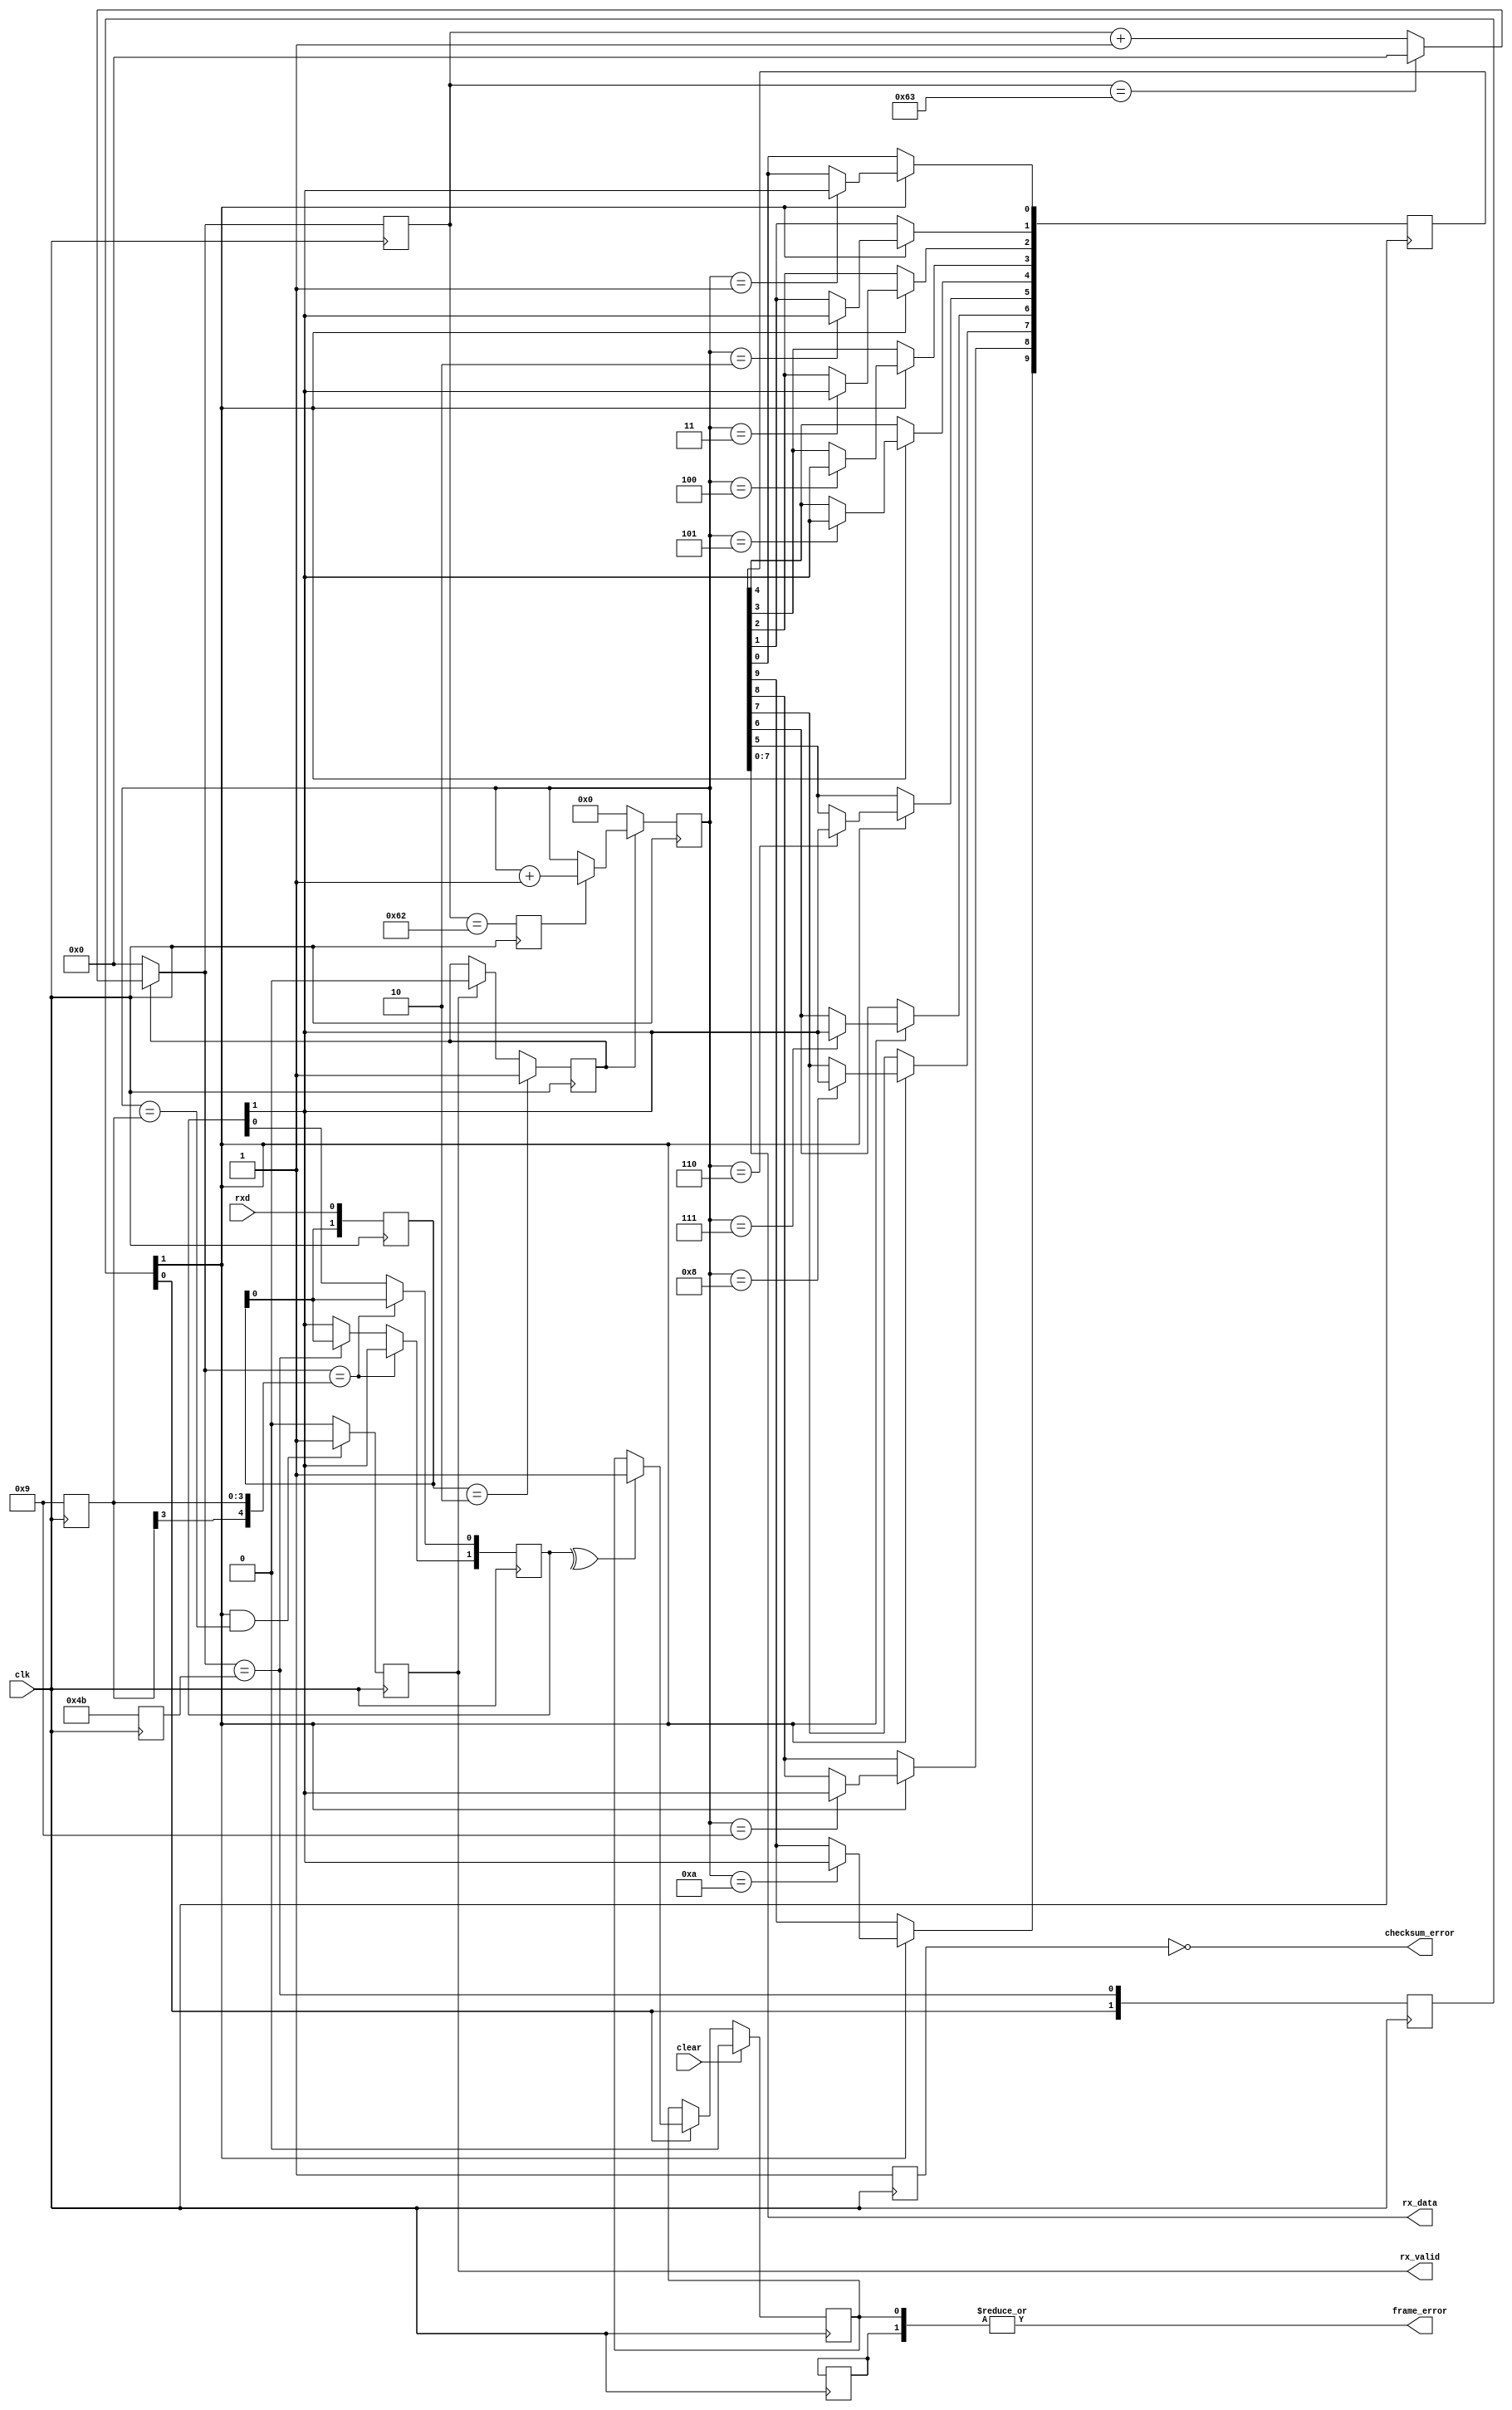
module uart_rx #(
	parameter BPS_CNT = 100,
	parameter CHECKSUM_MODE = 2'b00,	//00:space, 01:odd ,10:even ,11:mask
	parameter CHECKSUM_EN = 1'b0
)(
	input 			clk,
	input 			clear,
	input 			rxd,
	output [7:0] 	rx_data,
	output 			frame_error,
	output 			checksum_error, 
	output 			rx_valid			
);         
	
reg [3:0] BIT_NUM = 0;
always @( posedge clk )
begin
	if( CHECKSUM_EN )
		BIT_NUM <= 10;
	else
		BIT_NUM <= 9;
end

//==============================================================================
//idle state detect
//==============================================================================
reg [1:0] rxd_r = 2'b11;
	
always @( posedge clk )
begin
	rxd_r <= {rxd_r[0],rxd};
end
//detect the negedge rxd
wire neg_rxd; 
wire pos_rxd;
assign neg_rxd = (rxd_r == 2'b10);
assign pos_rxd = (rxd_r == 2'b01);
	
wire [15:0] bw_cnt ;
reg	[15:0] bw_cnt_r = 0;
wire bit_over;
reg bit_over_r;
reg cnt_en ;
	
always @( posedge clk )
begin
	if( neg_rxd )
		cnt_en <= 1'b1;
	else if(  rx_over_r)
		cnt_en <= 1'b0;
	else
		cnt_en <= cnt_en;
end

assign bit_over = (bw_cnt_r == BPS_CNT -2);
assign bw_cnt = cnt_en ? { ( bw_cnt_r == BPS_CNT -1)? 0 : (bw_cnt_r + 1'b1 ) }: 16'd0;
	
always @( posedge clk )
begin
	bw_cnt_r <= bw_cnt;
	bit_over_r <= bit_over;
end
	
wire [3:0] bit_cnt ;    
reg 	[3:0] bit_cnt_r = 0;
assign bit_cnt =  cnt_en ?{ bit_over_r ?( bit_cnt_r + 1'b1 ): bit_cnt_r}:4'd0;
	
always @( posedge clk )
begin
		bit_cnt_r <= bit_cnt;
end
	       
//capture point process 
wire [15:0]capture_p0 ;
wire [15:0]capture_p1 ;
assign capture_p0 = BPS_CNT[15:1] - BPS_CNT[15:2];
assign capture_p1 = BPS_CNT[15:1] + BPS_CNT[15:2];
reg [15:0] capture_p0_r = 0;
reg [15:0] capture_p1_r = 0;
	
always @( posedge clk )
begin
	capture_p0_r <= capture_p0;
	capture_p1_r <= capture_p1;	
end        
wire capture_p0_en;
wire capture_p1_en;
assign capture_p0_en = ( bw_cnt == capture_p0_r); 
assign capture_p1_en = ( bw_cnt == capture_p1_r);
reg [1:0] temp_cap_r = 0;
always @( posedge clk )
begin
	if( capture_p0_en )
		temp_cap_r[0] <= rxd_r;
	else if( capture_p1_en )
		temp_cap_r[1] <= rxd_r;
end

wire  compare_p;
wire save_p ;
wire check_sum_p ;
wire send_out_p;
reg [4:0] capture_p1_en_dly = 0;

always @( posedge clk )
begin
	capture_p1_en_dly[4:0] <= {capture_p1_en_dly[3:0],capture_p1_en};
end

assign compare_p = capture_p1_en_dly[0];
assign save_p =    capture_p1_en_dly[1]; 
assign check_sum_p = capture_p1_en_dly[2]; 
assign send_out_p = capture_p1_en_dly[3];   

reg [9:0] rx_data_r;
always @( posedge clk )
begin
	if(save_p) begin
		case(bit_cnt_r)
		4'd1 : rx_data_r[0] <= temp_cap_r[1];
		4'd2 : rx_data_r[1] <= temp_cap_r[1];
		4'd3 : rx_data_r[2] <= temp_cap_r[1];
		4'd4 : rx_data_r[3] <= temp_cap_r[1];
		4'd5 : rx_data_r[4] <= temp_cap_r[1];
		4'd6 : rx_data_r[5] <= temp_cap_r[1];
		4'd7 : rx_data_r[6] <= temp_cap_r[1];
		4'd8 : rx_data_r[7] <= temp_cap_r[1]; 
		4'd9 : rx_data_r[8] <= temp_cap_r[1];
		4'd10:rx_data_r[9] <= temp_cap_r[1];
		default:;
		endcase
	end
end               
	  
reg rx_over_r = 0; 
always @( posedge clk )
begin  
	if(save_p&&( bit_cnt_r == BIT_NUM ))
		rx_over_r <= 1'b1;
	else
		rx_over_r <= 1'b0;
end         
	
reg checksum_ok = 0;
always @( posedge clk )
begin
	if(CHECKSUM_EN) begin
		if( check_sum_p  && (bit_cnt_r == 9 ) ) begin
		case(CHECKSUM_MODE)
			2'b00 :checksum_ok <= ~rx_data_r[8];
			2'b01 :checksum_ok <= ^rx_data_r;
			2'b10 :checksum_ok <= ~^rx_data_r;
			2'b11 :checksum_ok <= rx_data_r[8];
			default:checksum_ok <= checksum_ok;
		endcase
		end
	end else begin
		checksum_ok <= 1'b1;
	end
end	

assign rx_valid = rx_over_r;
assign rx_data = rx_data_r[7:0];

//=================================================================
//state process
// bit 0 : capature_ok, bit 1 : checksum_ok
//	wire clear ;
reg [1:0] frame_error_r = 2'd0; 
//֡           ˼·  
always @( posedge clk )
begin
	if( clear )
		frame_error_r[0] <= 1'b0;
	else if(  compare_p) begin
		if( ^temp_cap_r )	//   Ϊ1  Ҳ         ݲ һ         ֡    
			frame_error_r[0] <= 1'b1;
	end else begin
			frame_error_r[0] <= frame_error_r[0];
	end
end         
	
always @(posedge clk )
begin
	if(CHECKSUM_EN&& (bit_cnt_r == 9 )) begin
		if(rx_data_r[BIT_NUM-1] == 0 )
			frame_error_r[1] <= 1'b1;
		else
			frame_error_r[1] <= 1'b0;
	end else begin
			frame_error_r[1] <= frame_error_r[1];
	end
end
assign frame_error 		= |frame_error_r;
assign checksum_error 	= ~checksum_ok;

endmodule